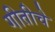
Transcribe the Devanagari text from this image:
गीतीचे